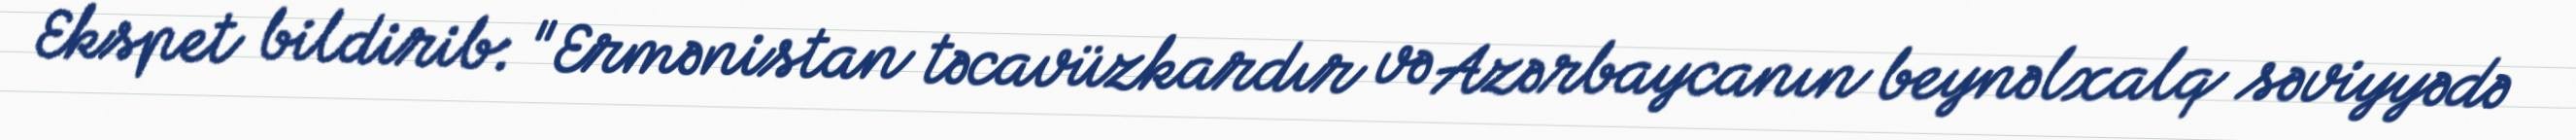
Ekspet bildirib: "Ermənistan təcavüzkardır və Azərbaycanın beynəlxalq səviyyədə